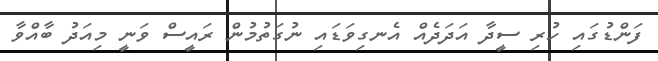
ފަންޑުގައި ހުރި ސީދާ އަދަދެއް އެނގިވަޑައި ނުގަތުމުން ރައީސް ވަނީ މިއަދު ބާއްވާ